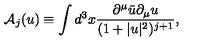
\mathrm { \cal { A } } _ { j } ( u ) \equiv \int d ^ { 3 } x \frac { \partial ^ { \mu } \bar { u } \partial _ { \mu } u } { ( 1 + | u | ^ { 2 } ) ^ { j + 1 } } ,